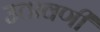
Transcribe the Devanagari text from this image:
उठावणी